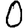
Digit: 0